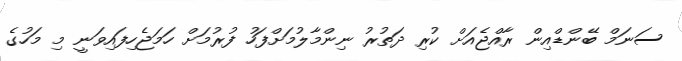
ސަނަމް ބޭންޑްއިން ރާއްޖެއަށް ކުރި ދަތުރު ނިންމާލުމަށްފަހު ފުރުމަށް ހަމަޖެހިފައިވަނީ މި މަހުގެ